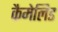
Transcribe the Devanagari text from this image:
कैमेलिड